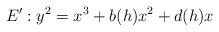
LaTeX: \begin{align*}E' : y^2 = x^3 + b(h)x^2 + d(h)x\end{align*}